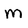
Character: M